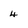
Character: 4